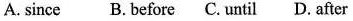
A.since B.Before C.Until D. After